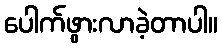
ပေါက်ဖွားလာခဲ့တာပါ။